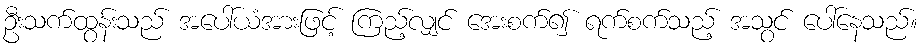
ဦးသက်ထွန်းသည် အပေါ်ယံအားဖြင့် ကြည့်လျှင် အေးစက်၍ ရက်စက်သည့် အသွင် ပေါ်နေသည်။